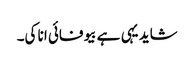
شاید یہی ہے بیوفائی انا کی۔